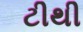
ટીથી